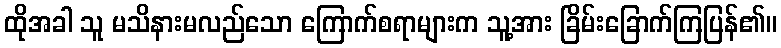
ထိုအခါ သူ မသိနားမလည်သော ကြောက်စရာများက သူ့အား ခြိမ်းခြောက်ကြပြန်၏။